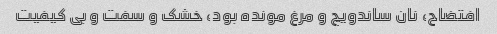
افتضاح، نان ساندویچ و مرغ مونده بود، خشک و سفت و بی کیفیت